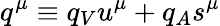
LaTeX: q^{\mu}\equiv q_{V}u^{\mu}+q_{A}s^{\mu}